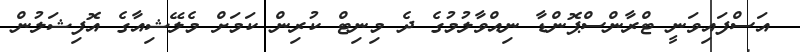
އަސްފައިވަނީ ޓްރާންސްޕޮންޑާ ނިއްވާލުމުގެ ދެ މިނިޓް ކުރިން ކަމަށް މެލޭޝިއާގެ އޮފިޝަލުން